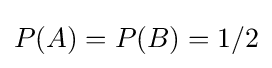
P(A)=P(B)=1/2